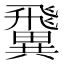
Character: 𩙺